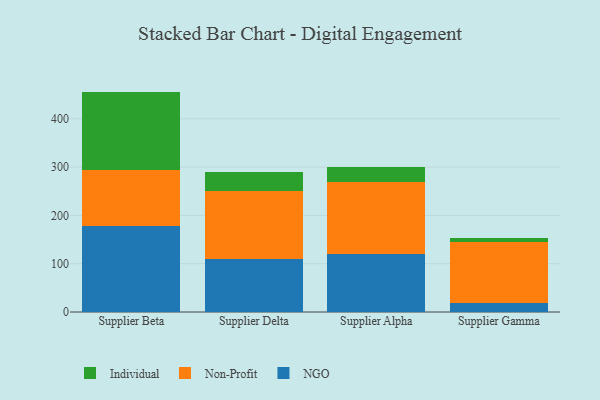
{"axis": {"x": "Supplier", "y": "Production Output"}, "legend": ["Individual", "NGO", "Non-Profit"], "data": [{"x": "Supplier Beta", "y": 177.1, "type": "NGO"}, {"x": "Supplier Beta", "y": 117.0, "type": "Non-Profit"}, {"x": "Supplier Beta", "y": 162.2, "type": "Individual"}, {"x": "Supplier Delta", "y": 110.7, "type": "NGO"}, {"x": "Supplier Delta", "y": 139.3, "type": "Non-Profit"}, {"x": "Supplier Delta", "y": 39.4, "type": "Individual"}, {"x": "Supplier Alpha", "y": 120.5, "type": "NGO"}, {"x": "Supplier Alpha", "y": 148.8, "type": "Non-Profit"}, {"x": "Supplier Alpha", "y": 31.5, "type": "Individual"}, {"x": "Supplier Gamma", "y": 18.8, "type": "NGO"}, {"x": "Supplier Gamma", "y": 125.3, "type": "Non-Profit"}, {"x": "Supplier Gamma", "y": 9.3, "type": "Individual"}]}